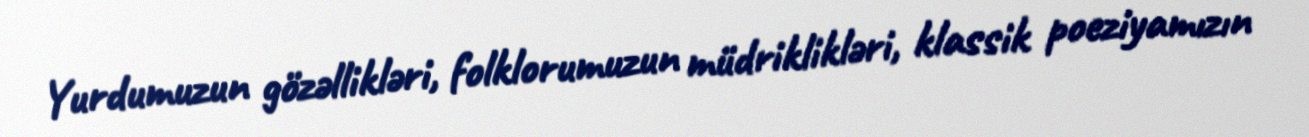
Yurdumuzun gözəllikləri, folklorumuzun müdriklikləri, klassik poeziyamızın